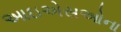
આઇએસઓના